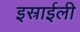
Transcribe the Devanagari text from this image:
इस्राईली